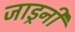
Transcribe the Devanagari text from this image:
जाड्रनी